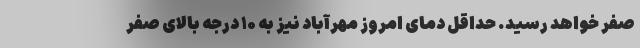
صفر خواهد رسید. حداقل دمای امروز مهرآباد نیز به ۱۰ درجه بالای صفر